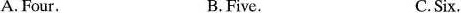
A.Four. B.Five. C.Six.